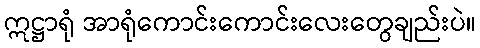
ဣဋ္ဌာရုံ အာရုံကောင်းကောင်းလေးတွေချည်းပဲ။